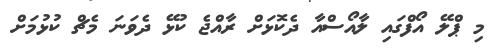
މި ޕްލޭ އޯފްގައި ލާއޯސްއާ ދެކޮޅަށް ރާއްޖެ ކުޅޭ ދެވަނަ މެޗް ކުޅުމަށް